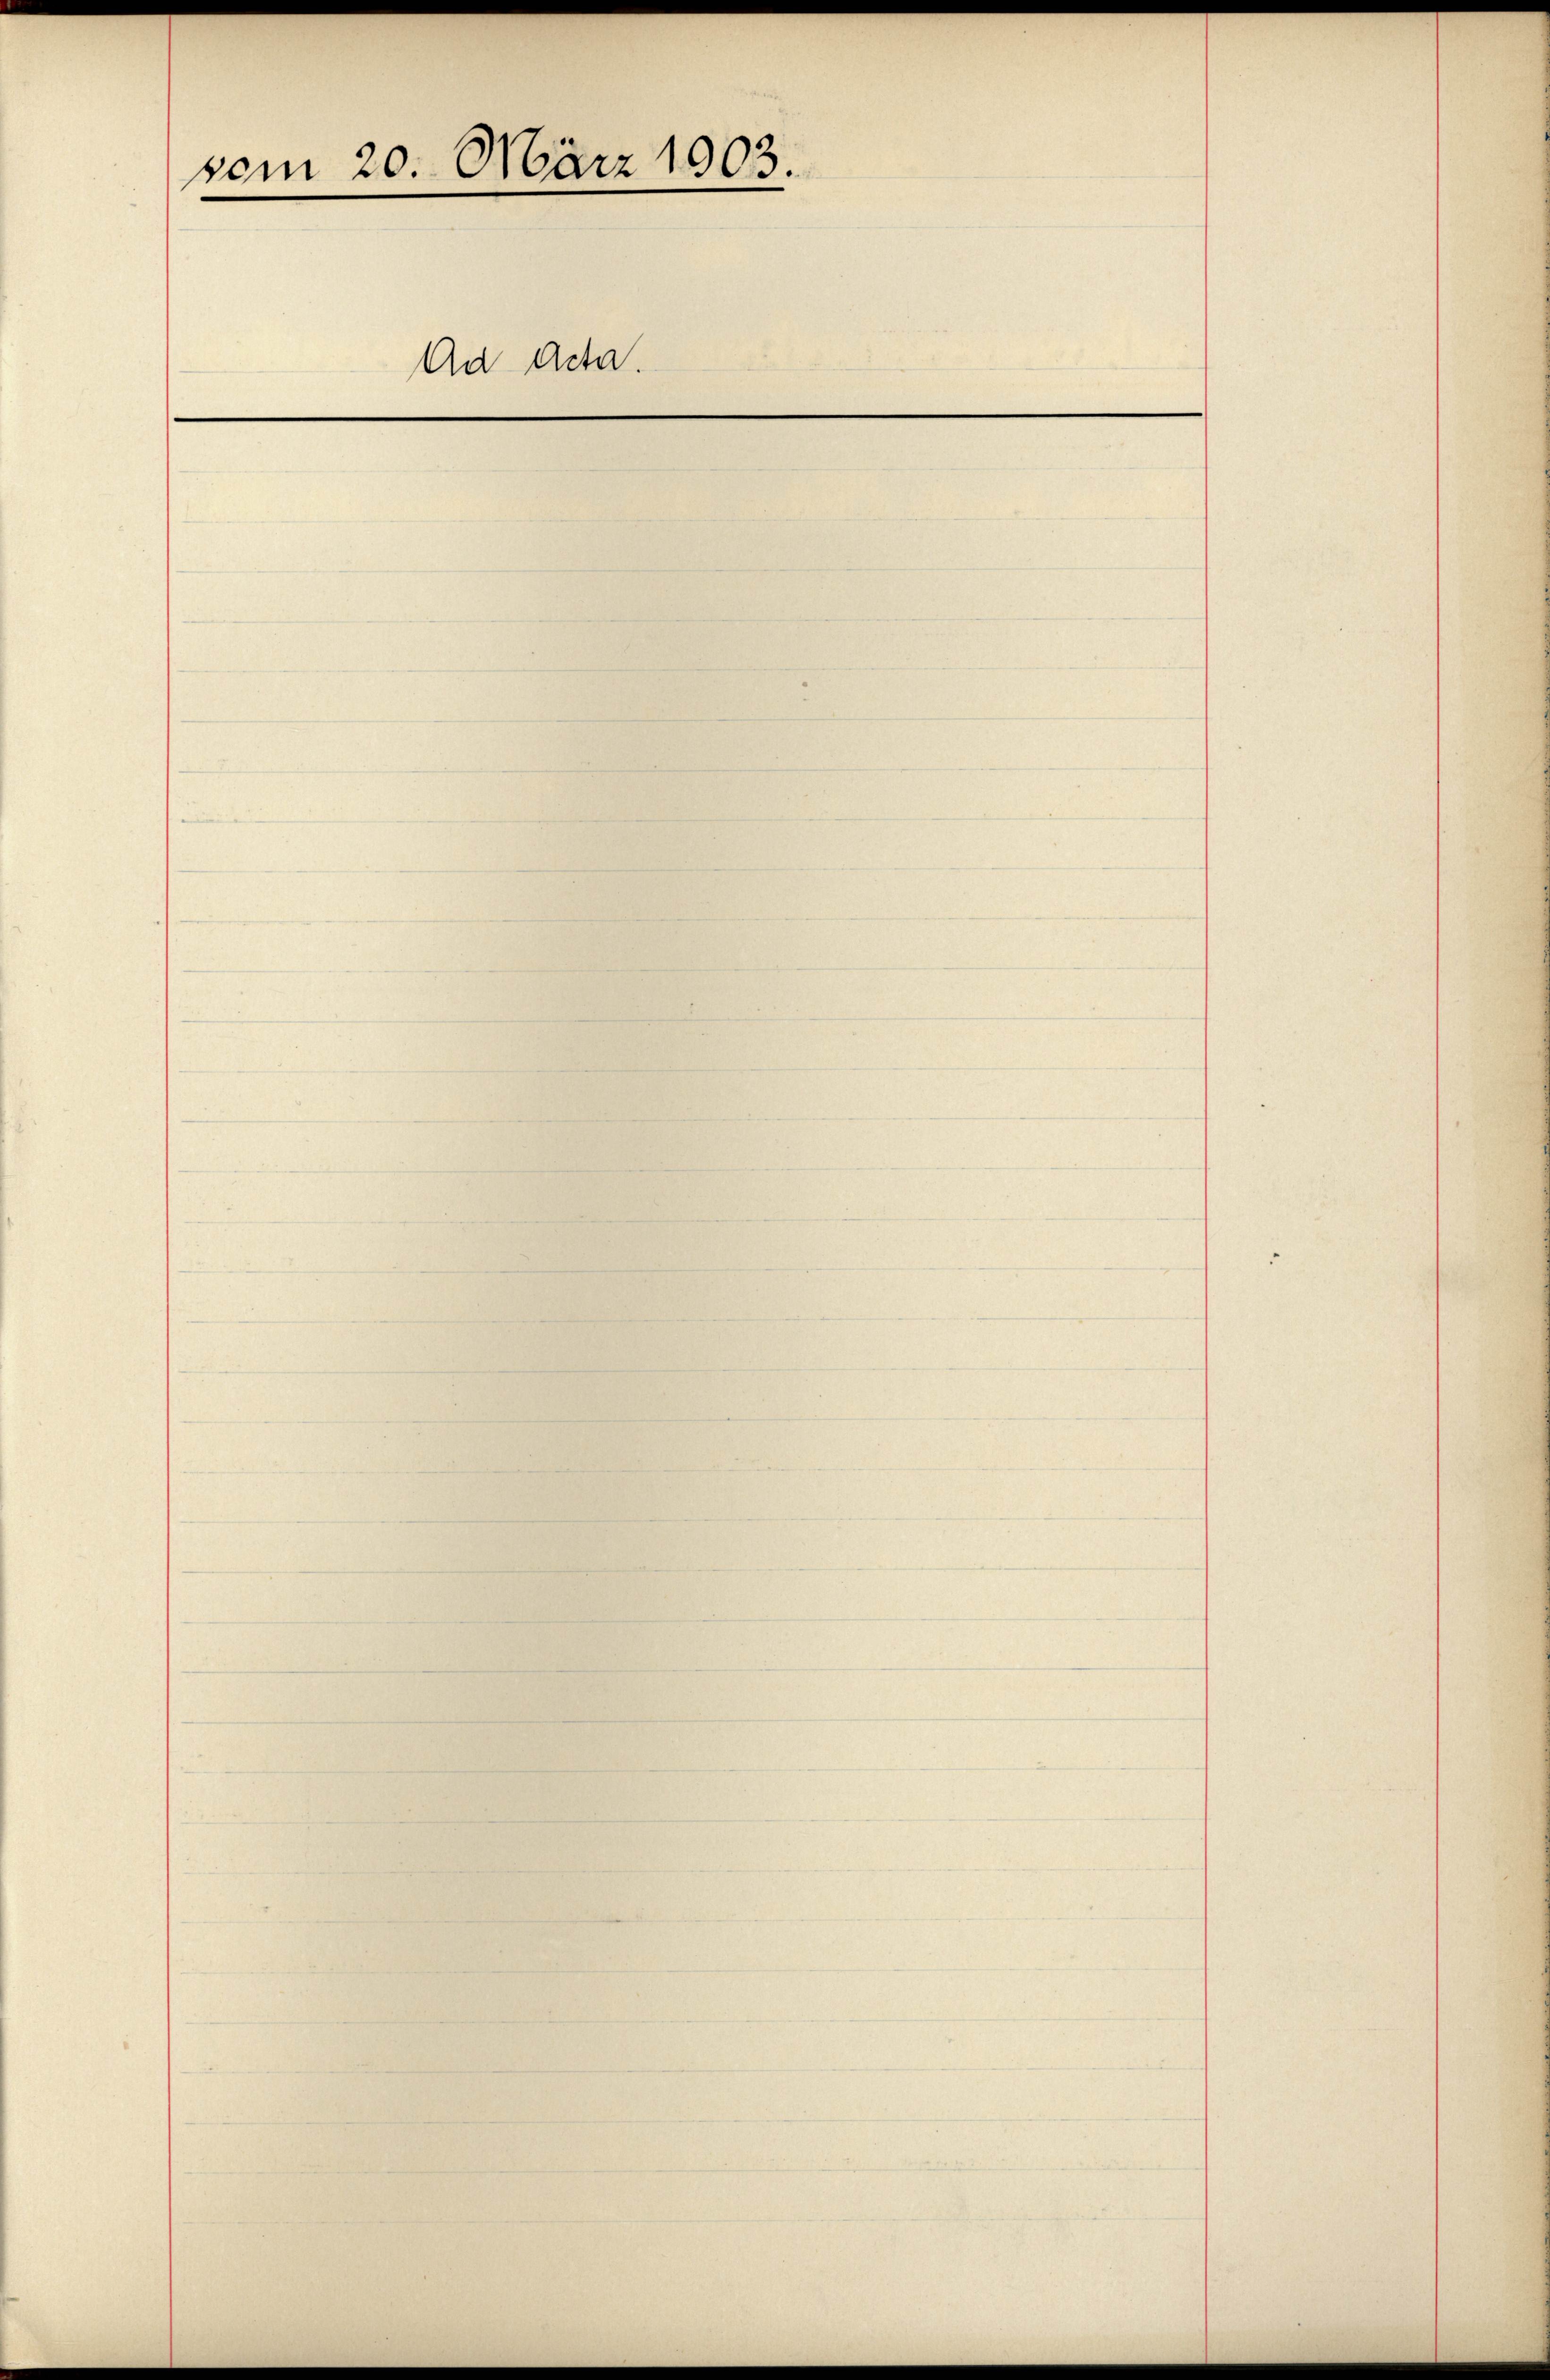
vom 20. März 1903.

Ad Acta.